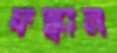
ফস্কান